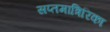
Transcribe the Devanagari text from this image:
सप्तमात्रिरिका